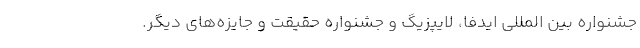
جشنواره بین المللی ایدفا، لایپزیگ و جشنواره حقیقت و جایزه‌های دیگر.